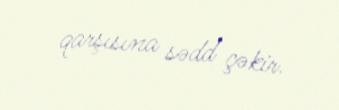
qarşısına sədd çəkir.